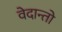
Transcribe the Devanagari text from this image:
वेदान्तो